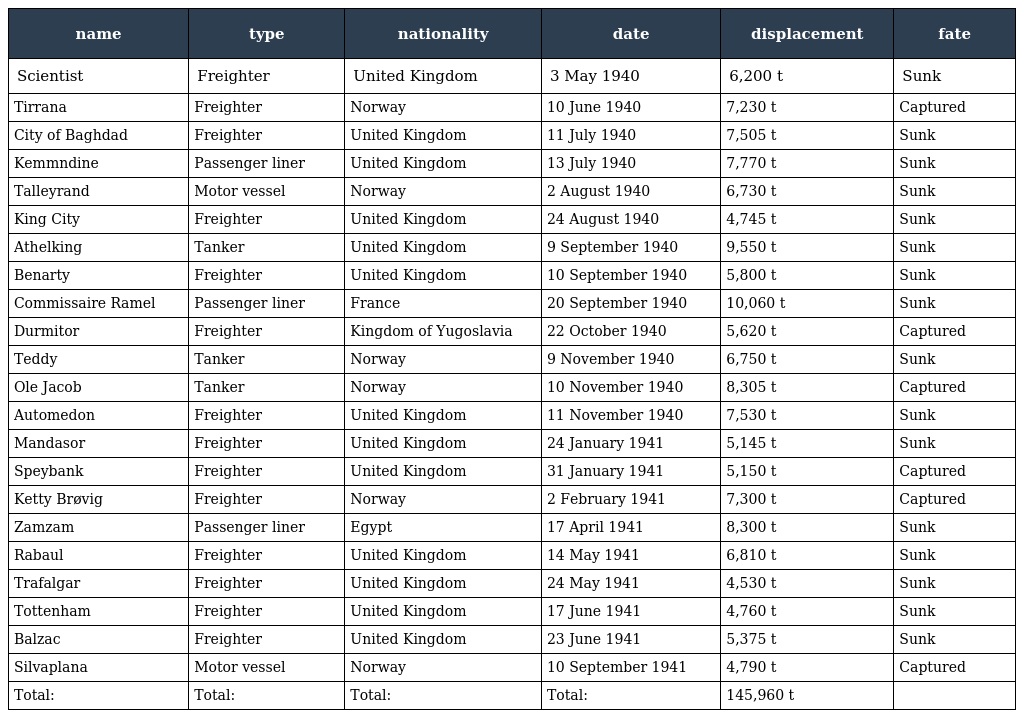
| name | type | nationality | date | displacement | fate |
 | --- | --- | --- | --- | --- | --- |
 | Scientist | Freighter | United Kingdom | 3 May 1940 | 6,200 t | Sunk |
 | Tirrana | Freighter | Norway | 10 June 1940 | 7,230 t | Captured |
 | City of Baghdad | Freighter | United Kingdom | 11 July 1940 | 7,505 t | Sunk |
 | Kemmndine | Passenger liner | United Kingdom | 13 July 1940 | 7,770 t | Sunk |
 | Talleyrand | Motor vessel | Norway | 2 August 1940 | 6,730 t | Sunk |
 | King City | Freighter | United Kingdom | 24 August 1940 | 4,745 t | Sunk |
 | Athelking | Tanker | United Kingdom | 9 September 1940 | 9,550 t | Sunk |
 | Benarty | Freighter | United Kingdom | 10 September 1940 | 5,800 t | Sunk |
 | Commissaire Ramel | Passenger liner | France | 20 September 1940 | 10,060 t | Sunk |
 | Durmitor | Freighter | Kingdom of Yugoslavia | 22 October 1940 | 5,620 t | Captured |
 | Teddy | Tanker | Norway | 9 November 1940 | 6,750 t | Sunk |
 | Ole Jacob | Tanker | Norway | 10 November 1940 | 8,305 t | Captured |
 | Automedon | Freighter | United Kingdom | 11 November 1940 | 7,530 t | Sunk |
 | Mandasor | Freighter | United Kingdom | 24 January 1941 | 5,145 t | Sunk |
 | Speybank | Freighter | United Kingdom | 31 January 1941 | 5,150 t | Captured |
 | Ketty Brøvig | Freighter | Norway | 2 February 1941 | 7,300 t | Captured |
 | Zamzam | Passenger liner | Egypt | 17 April 1941 | 8,300 t | Sunk |
 | Rabaul | Freighter | United Kingdom | 14 May 1941 | 6,810 t | Sunk |
 | Trafalgar | Freighter | United Kingdom | 24 May 1941 | 4,530 t | Sunk |
 | Tottenham | Freighter | United Kingdom | 17 June 1941 | 4,760 t | Sunk |
 | Balzac | Freighter | United Kingdom | 23 June 1941 | 5,375 t | Sunk |
 | Silvaplana | Motor vessel | Norway | 10 September 1941 | 4,790 t | Captured |
 | Total: | Total: | Total: | Total: | 145,960 t |  |